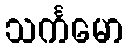
သင်္ကမော